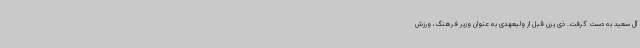
آل سعید به دست گرفت. ذی یزن قبل از ولیعهدی به عنوان وزیر فرهنگ، ورزش